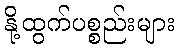
နို့ထွက်ပစ္စည်းများ